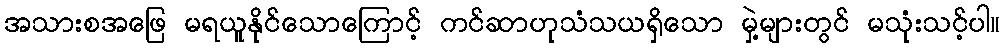
အသားစအဖြေ မရယူနိုင်သောကြောင့် ကင်ဆာဟုသံသယရှိသော မှဲ့များတွင် မသုံးသင့်ပါ။